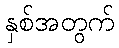
နှစ်အတွက်